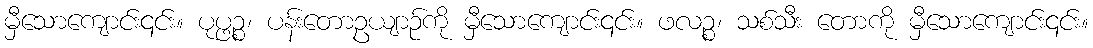
မှီသောကျောင်း၎င်း။ ပုပ္ဖဉ္စ၊ ပန်းတောဥယျာဉ်ကို မှီသောကျောင်း၎င်း။ ဖလဉ္စ၊ သစ်သီး တောကို မှီသောကျောင်း၎င်း။